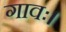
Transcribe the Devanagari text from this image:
गावः।